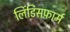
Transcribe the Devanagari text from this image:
लिंडिसफ़ार्म